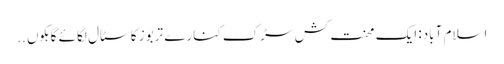
اسلام آباد: ایک محنت کش سڑک کنارے تربوز کا سٹال لگائے گاہکوں ..